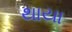
થાયા